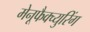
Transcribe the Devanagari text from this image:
मेनूफैक्च्युरिंग